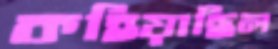
কহিয়াছিল